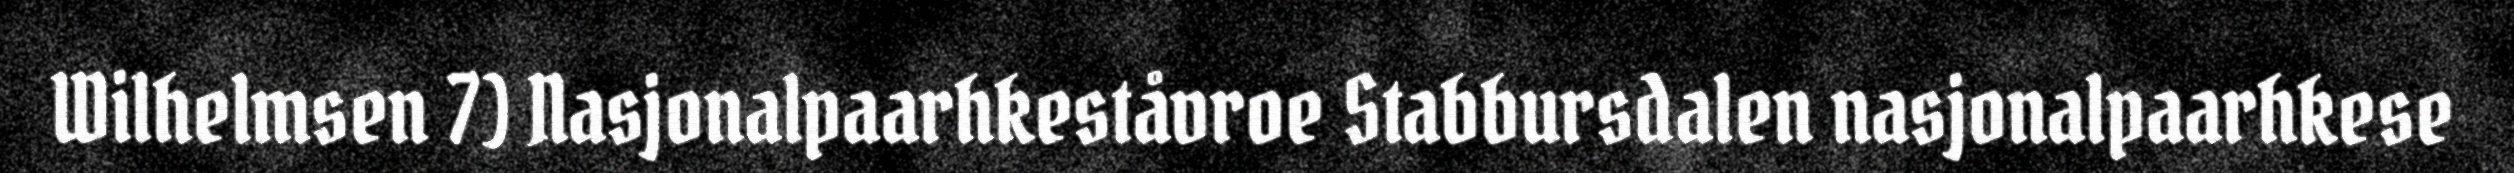
Wilhelmsen 7) Nasjonalpaarhkeståvroe Stabbursdalen nasjonalpaarhkese